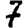
Digit: 7